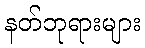
နတ်ဘုရားများ